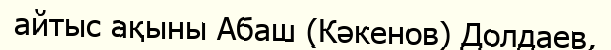
айтыс ақыны Абаш (Кәкенов) Долдаев,